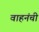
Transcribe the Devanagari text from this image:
वाहनंची